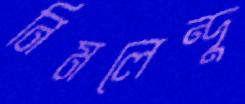
নিমলেন্দু